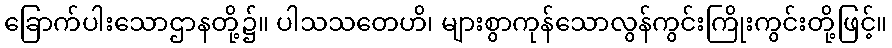
ခြောက်ပါးသောဌာနတို့၌။ ပါသသတေဟိ၊ များစွာကုန်သောလွန်ကွင်းကြိုးကွင်းတို့ဖြင့်။